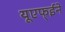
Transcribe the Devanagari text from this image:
यूएफ्ईने